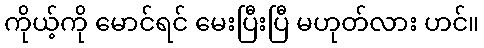
ကိုယ့်ကို မောင်ရင် မေးပြီးပြီ မဟုတ်လား ဟင်။